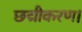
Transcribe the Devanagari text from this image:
छद्मीकरण।